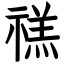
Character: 禚